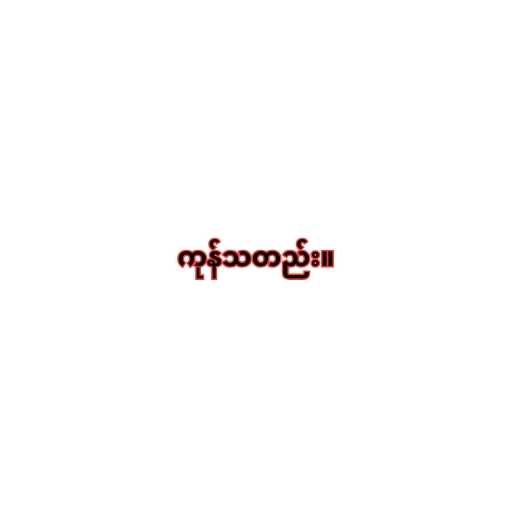
ကုန်သတည်း။